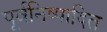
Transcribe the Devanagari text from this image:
पूर्वनिष्पादित